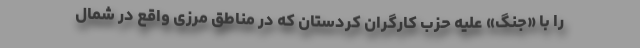
را با «جنگ» علیه حزب کارگران کردستان که در مناطق مرزی واقع در شمال